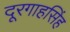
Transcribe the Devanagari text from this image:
दूरगाहसिंह